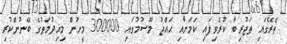
ތެރޭގައި ތަޖުރިބާ ކުރެވިފައި ކަމަށާއި ޙައްޖު މޫސުމުގައި 300000 މީހުން މިޚިދުމަތުގެ ބޭނުންކުރި